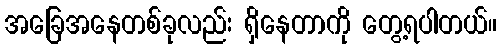
အခြေအနေတစ်ခုလည်း ရှိနေတာကို တွေ့ရပါတယ်။